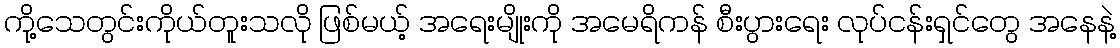
ကို့သေတွင်းကိုယ်တူးသလို ဖြစ်မယ့် အရေးမျိုးကို အမေရိကန် စီးပွားရေး လုပ်ငန်းရှင်တွေ အနေနဲ့